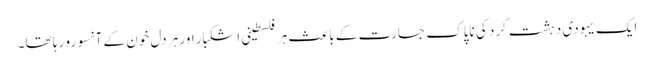
ایک یہودی دہشت گرد کی ناپاک جسارت کے باعث ہرفلسطینی اشکبار اور ہر دل خون کے آنسو رو رہا تھا۔